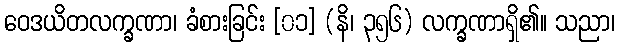
ဝေဒယိတလက္ခဏာ၊ ခံစားခြင်း [၀၁] (နိ၊ ၃၅၆) လက္ခဏာရှိ၏။ သညာ၊